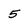
Character: 5